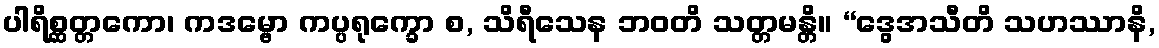
ပါရိစ္ဆတ္တကော၊ ကဒမ္ဗော ကပ္ပရုက္ခော စ, သိရီသေန ဘဝတိ သတ္တမန္တိ။ “ဒွေအသီတိ သဟဿာနိ,